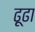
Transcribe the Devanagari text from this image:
ढ़ूढा